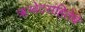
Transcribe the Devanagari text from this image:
ॠग्वेदसंहितेचे